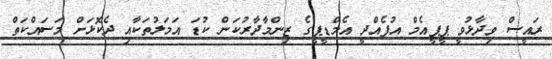
ރައީސް ވިދާޅުވީ ޕީޕީއެމް އުފެއްދީ އެމްޑީޕީގެ ޒިންމާދާރުކަން ކުޑަ އަމަލުތަކާއި ދެކޮޅަށް މަސައްކަތް